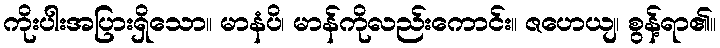
ကိုးပါးအပြားရှိသော။ မာနံပိ၊ မာန်ကိုလည်းကောင်း။ ဇဟေယျ၊ စွန့်ရာ၏။